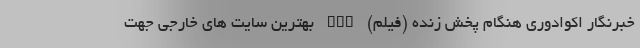
خبرنگار اکوادوری هنگام پخش زنده (فیلم) nan بهترین سایت های خارجی جهت